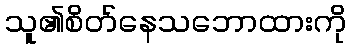
သူ၏စိတ်နေသဘောထားကို